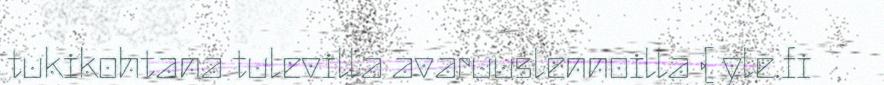
tukikohtana tulevilla avaruuslennoilla ( yle.fi